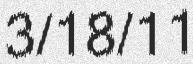
3/18/11